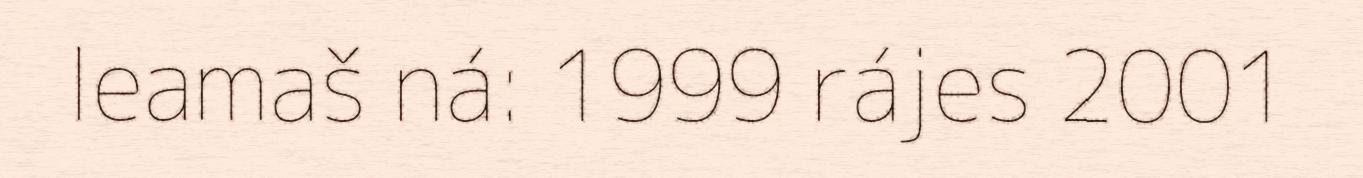
leamaš ná: 1999 rájes 2001